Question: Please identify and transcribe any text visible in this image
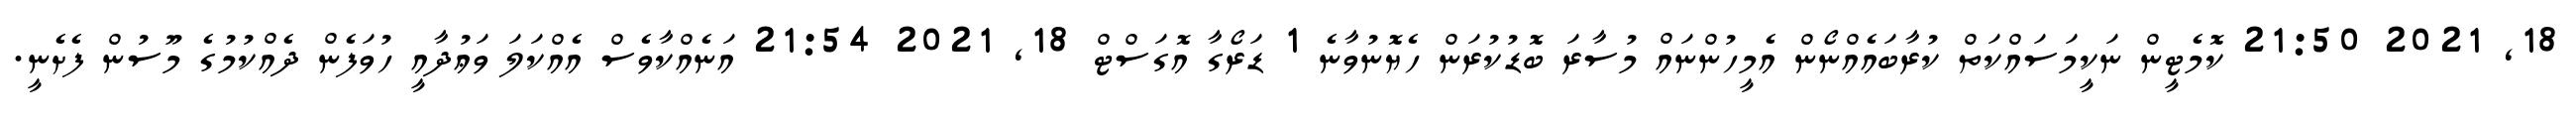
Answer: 18, 2021 21:50 ކޮމެޓީން ނަކީމަސައްކަތް ކުރާބައެއްނޯން އެމީހުންނައް މުސާރަ ބޮޑުކުރަން ހެޔޮނުވާނެ 1 ޑަރޯގާ އޮގަސްޓް 18, 2021 21:54 އަނެއްކާވެސް އެއްކަލަ ވަޢުދާއީ ހުވަފެން ދެއްކުމުގެ މޫސުން ފެށެނީ.